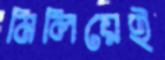
মিলিয়েই